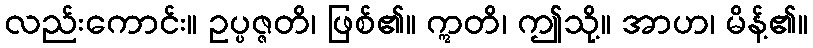
လည်းကောင်း။ ဥပ္ပဇ္ဇတိ၊ ဖြစ်၏။ ဣတိ၊ ဤသို့။ အာဟ၊ မိန့်၏။